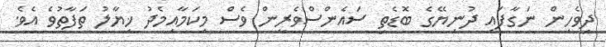
ދިވެހިން ނަގާފައި ދުނިޔޭގެ ބޮޑެތި ސައެންސްވެރީން ވެސް މިކަމާއިމެދު ޚިޔާލު ތަފާތުވެ އެވެ.